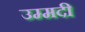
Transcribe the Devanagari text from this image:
उम्मदी